Sanitation, dispensaries and jails vaccination Rajputana 1922-1927 - 1922-1927
Year: 1922
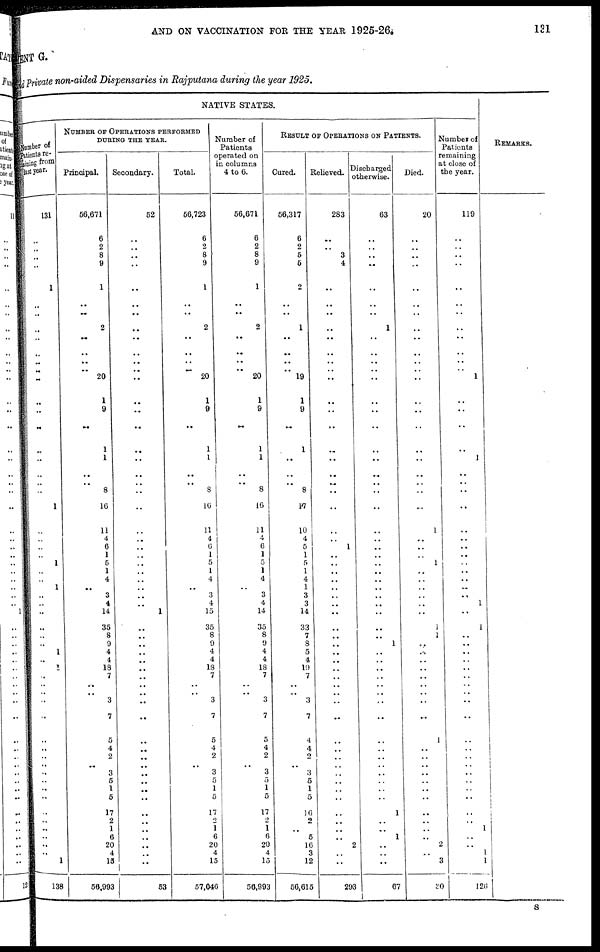
AND ON VACCINATION FOR THE YEAR 1925-26.
131
MENT G.
and Private non-aided Dispensaries in Rajputana during the year 1925.
NATIVE STATES.
Number of
Patients re-
--ining from
last year.
131
..
..
..
..
1
..
..
..
..
..
..
..
..
..
..
..
..
..
..
..
..
1
..
..
..
.. 1
..
..
1
..
..
..
..
..
..
1
..
1
..
..
..
..
..
..
..
..
..
..
..
..
..
..
..
..
..
..
..
1
138
NUMBER OF OPERATIONS PERFORMED
DURING THE YEAR.
Principal.
56,671
6
2
8
9
1
..
..
2
..
..
..
..
20
1
9
..
1
1
..
..
8
16
11
4
6
1
5
1
4
..
3
4
14
35
8
9
4
4
18
7
..
..
3
7
5
4
2
..
3
5
1
5
17
2
1
6
20
4
15
56,993
Secondary.
52
..
..
..
..
..
..
..
..
..
..
..
..
..
..
..
..
..
..
..
..
..
..
..
..
..
..
..
..
..
..
..
..
1
..
..
..
..
..
..
..
..
..
..
..
..
..
..
..
..
..
..
..
..
..
..
..
..
..
..
53
Total.
56,723
6
2
8
9
1
..
..
2
..
..
..
..
20
1
9
..
1
1
..
..
8
16
11
4
6
1
5
1
4
..
3
4
15
35
8
9
4
4
18
7
..
..
3
7
5
4
2
..
3
5
1
5
17
2
1
6
20
4
15
57,046
Number of
Patients
operated on
in columns
4 to 6.
56,671
6
2
8
9
1
..
..
2
..
..
..
..
20
1
9
..
1
1
..
..
8
16
11
4
6
1
5
1
4
..
3
4
14
35
8
9
4
4
18
7
.. ..
3
7
5
4
2
..
3
5
1
5
17
2
1
6
20
4
15
50,993
RESULT OF OPERATIONS ON PATIENTS.
Cured.
56,317
6
2
5
5
2
..
..
1
..
..
..
..
19
1
9
..
1
..
..
..
8
17
10
4
5
1
5 1
4
1
3
3
14
33
7
8
5
4
19
7
..
..
3
7
4
4
2
..
3
5
1
5
16
2
..
5
16
3
12
56,615
Relieved.
283
..
..
3
4
..
..
..
..
..
..
..
..
..
..
..
..
..
..
..
..
..
..
..
..
1
..
..
..
..
..
..
..
..
..
..
..
..
..
..
..
..
..
..
..
..
..
..
..
..
..
..
..
..
..
..
..
2
..
..
293
Discharged
otherwise.
63
..
..
..
..
..
..
..
1
..
..
..
..
..
..
..
..
..
..
..
..
..
..
..
..
..
..
..
..
..
..
..
..
..
..
..
1
..
..
..
..
..
..
..
..
..
..
..
..
..
..
..
..
1
..
..
1
..
..
..
67
Died.
20
..
..
..
..
..
..
..
..
..
..
..
..
..
..
..
..
..
..
..
..
..
..
1
..
..
..
1
..
..
..
..
..
..
1
1
..
..
..
..
..
..
..
..
..
1
..
..
..
..
..
..
..
..
..
..
..
2
..
3
20
Number of
Patients
remaining
at close of
the year.
119
..
..
..
..
..
..
..
..
..
..
..
..
1
..
..
..
..
1
..
..
..
..
..
..
..
..
..
..
..
..
..
1
..
1
..
..
..
..
..
..
..
..
..
..
..
..
..
..
..
..
..
..
..
..
1
..
..
1
1
126
REMARKS.
S